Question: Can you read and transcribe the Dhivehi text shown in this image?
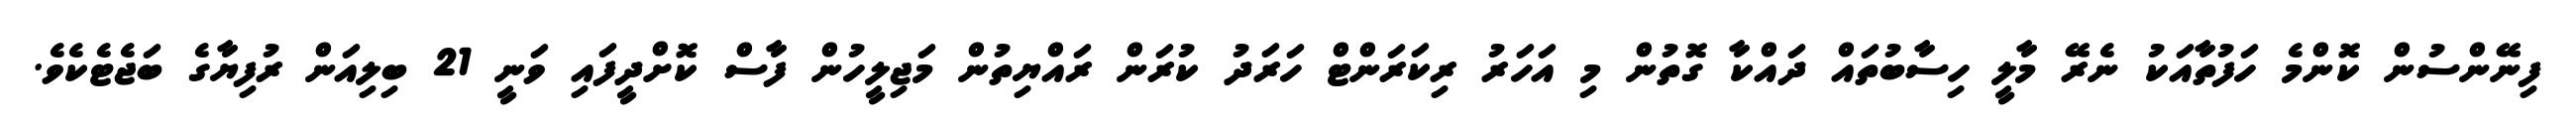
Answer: ފިނޭންސުން ކޮންމެ ހަފުތާއަކު ނެރޭ މާލީ ހިސާބުތައް ދައްކާ ގޮތުން މި އަހަރު ރިކަރަންޓް ހަރަދު ކުރަން ރައްޔިތުން މަޖިލީހުން ފާސް ކޮށްދީފައި ވަނީ 21 ބިލިއަން ރުފިޔާގެ ބަޖެޓެކެވެ.